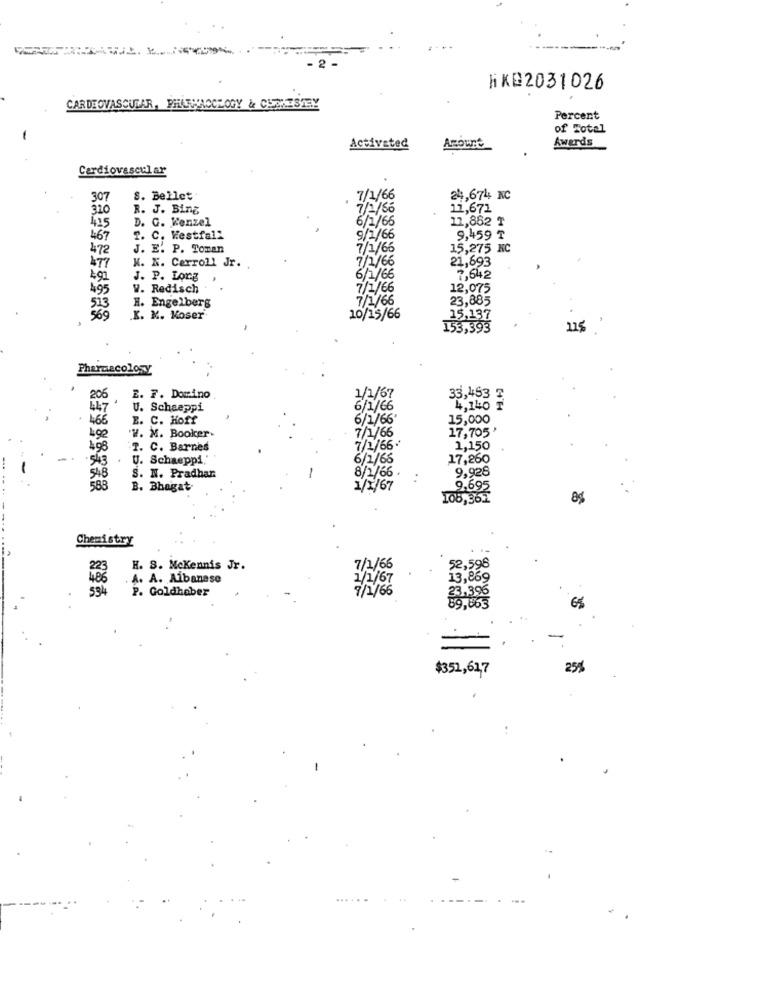
KKE2031026
CARDIOVASCULAR, PHARMACOLOGY & CHOKESTEY
Percent
of Total
Activated
Amount
Awards
Cardiovascular
307
S. Bellet
7/1/66
24,674 NC
310
R. J. Bing
7/2/66
11,671
D. G. Wenzel
6/1/66
12,862 ₸
425
467
T. C. Westfall
9/1/66
9,459
472
J. E. P. Toman
7/1/66
15,275 NC
477
21,693
K. K. Cerroll Jr.
7/1/66
491
J. P. Long
6/1/66
7,642
495
W. Redisch
7/1/66
12,075
7/1/66
23,885
513
569
H. Engelberg
K. K. Koser
10/15/66
15,137
153,393
Pharmacolosy
206
E. F. Domino
1/1/67
33,453 7
447
U. Schaeppi
6/1/66
4,140 T
466
E. C. Hoff
6/1/66
15,000
17,705'
192
'W. M. Booker.
7/1/66
4.98
T. C. Barnes
7/1/66 **
1,150
.
U. Schaeppi'
6/1/66
17,260
9,926
548
S. N. Pradhan
8/2/66 .
:
583
B. Bhagat
1/x/67
9,695
106,961
Chemistry
. .
52,598
H. S. McKennis Jr.
7/2/66
.A. A. Albanese
1/1/67
13,869
594
P. Goldhaber
7/1/66
23.396
89.063
65
$351,61.7
25%